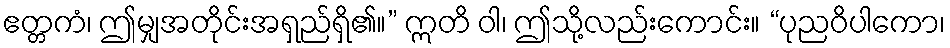
ဧတ္တကံ၊ ဤမျှအတိုင်းအရှည်ရှိ၏။” ဣတိ ဝါ၊ ဤသို့လည်းကောင်း။ “ပုညဝိပါကော၊